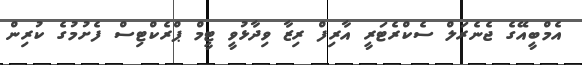
އެމްބީއޭގެ ޖެނެރަލް ސެކްރެޓަރީ އާރިފް ރިޒާ ވިދާޅުވީ ޓީމް ޕްރެކްޓިސް ފެށުމުގެ ކުރިން